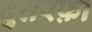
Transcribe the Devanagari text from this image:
दुतरफ़ा